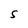
Character: S